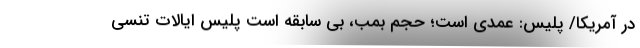
در آمریکا/ پلیس: عمدی است؛ حجم بمب، بی سابقه است پلیس ایالات تنسی